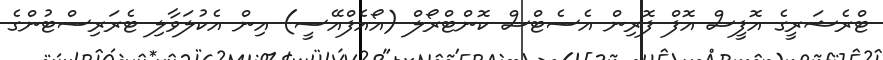
ޓްރެޝަރީގެ އޮފީސް އޮފް ފޮރިން އެސެޓްސް ކޮންޓްރޯލް (އޯއެފްއޭސީ) އިން އެކުލަވާލި ޓެރަރިސްޓުންގެ